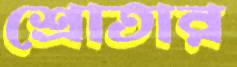
শ্রোতার